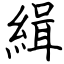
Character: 緝